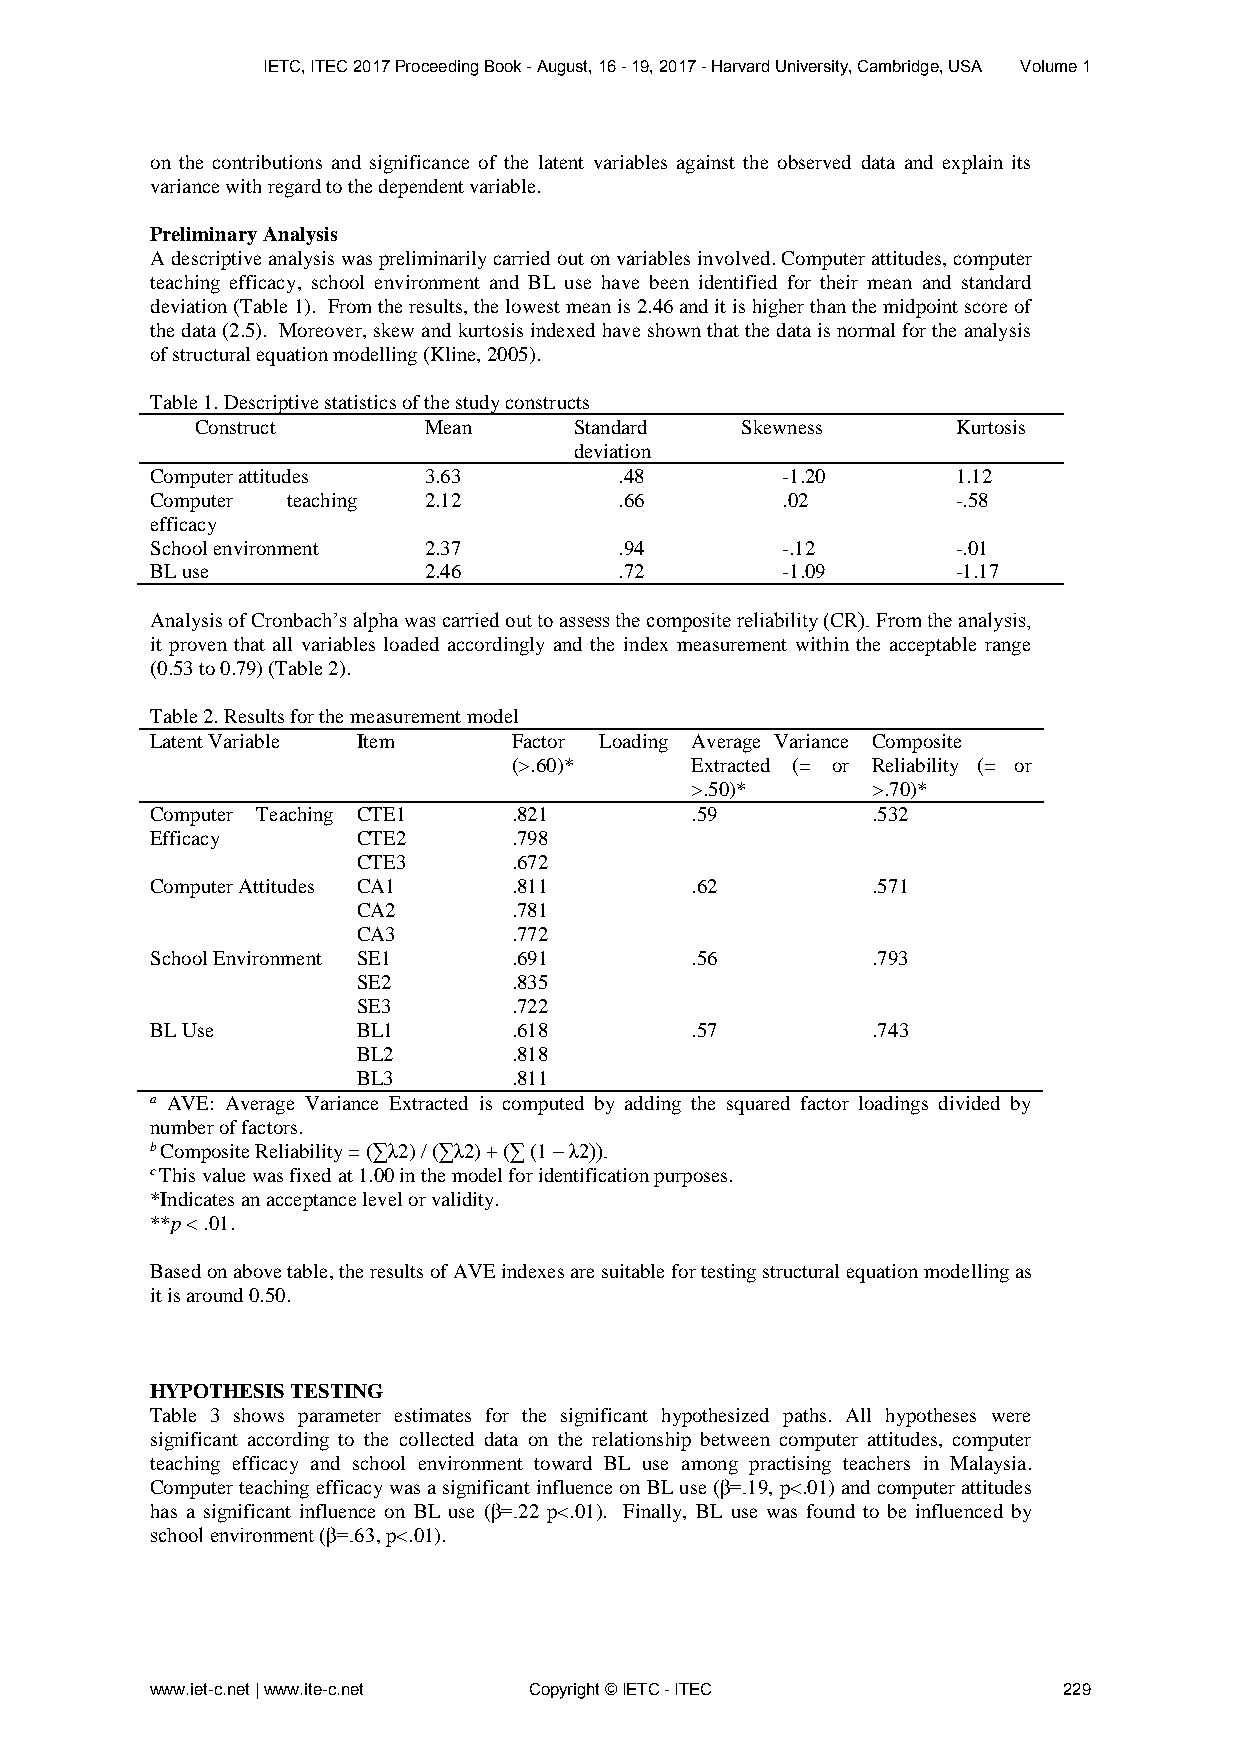
IETC, ITEC 2017 Proceeding Book - August, 16 - 19, 2017 - Harvard University, Cambridge, USA Volume 1
 on the contributions and significance of the latent variables against the observed data and explain its
 variance with regard to the dependent variable.
 Preliminary Analysis
 A descriptive analysis was preliminarily carried out on variables involved. Computer attitudes, computer
 teaching efficacy, school environment and BL use have been identified for their mean and standard
 deviation (Table 1). From the results, the lowest mean is 2.46 and it is higher than the midpoint score of
 the data (2.5). Moreover, skew and kurtosis indexed have shown that the data is normal for the analysis
 of structural equation modelling (Kline, 2005).
 Table 1. Descriptive statistics of the study constructs
 Construct      Mean      Standard   Skewness      Kurtosis
 deviation
 Computer attitudes 3.63        .48        -1.20      1.12
 Computer teaching 2.12         .66        .02        -.58
 efficacy
 School environment 2.37        .94        -.12       -.01
 BL use            2.46         .72        -1.09      -1.17
 Analysis of Cronbach’s alpha was carried out to assess the composite reliability (CR). From the analysis,
 it proven that all variables loaded accordingly and the index measurement within the acceptable range
 (0.53 to 0.79) (Table 2).
 Table 2. Results for the measurement model
 Latent Variable Item    Factor Loading Average Variance Composite
 (>.60)*     Extracted (= or Reliability (= or
 >.50)*      >.70)*
 Computer Teaching CTE1  .821        .59         .532
 Efficacy      CTE2      .798
 CTE3      .672
 Computer Attitudes CA1  .811        .62         .571
 CA2       .781
 CA3       .772
 School Environment SE1  .691        .56         .793
 SE2       .835
 SE3       .722
 BL Use        BL1       .618        .57         .743
 BL2       .818
 BL3       .811
 a AVE: Average Variance Extracted is computed by adding the squared factor loadings divided by
 number of factors.
 b Composite Reliability = (∑λ2) / (∑λ2) + (∑ (1 – λ2)).
 c This value was fixed at 1.00 in the model for identification purposes.
 *Indicates an acceptance level or validity.
 **p < .01.
 Based on above table, the results of AVE indexes are suitable for testing structural equation modelling as
 it is around 0.50.
 HYPOTHESIS TESTING
 Table 3 shows parameter estimates for the significant hypothesized paths. All hypotheses were
 significant according to the collected data on the relationship between computer attitudes, computer
 teaching efficacy and school environment toward BL use among practising teachers in Malaysia.
 Computer teaching efficacy was a significant influence on BL use (β=.19, p<.01) and computer attitudes
 has a significant influence on BL use (β=.22 p<.01). Finally, BL use was found to be influenced by
 school environment (β=.63, p<.01).
 www.iet-c.net | www.ite-c.net Copyright © IETC - ITEC       229